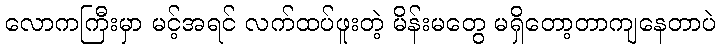
လောကကြီးမှာ မင့်အရင် လက်ထပ်ဖူးတဲ့ မိန်းမတွေ မရှိတော့တာကျနေတာပဲ